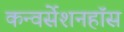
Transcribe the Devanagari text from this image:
कन्वर्सेशनहॉस